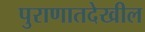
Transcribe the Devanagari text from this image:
पुराणातदेखील